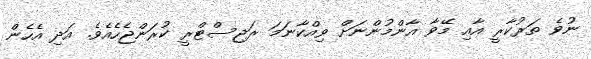
ނުވެ ތަރުކާރީ އާއި މޭވާ އާންމުންނަށް ވިއްކާނަމަ ރަޖިސްޓްރީ ކުރަންޖެހެއެެވެ. އަދި އެހެން